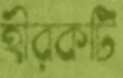
হীরকটি